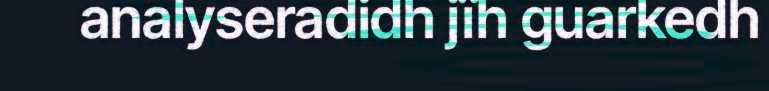
analyseradidh jïh guarkedh